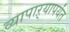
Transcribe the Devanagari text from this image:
व्यापाऱ्यापर्यंत